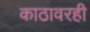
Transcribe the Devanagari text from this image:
काठावरही